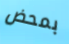
بمحض